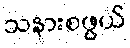
သနားစဖွယ်